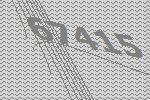
67415